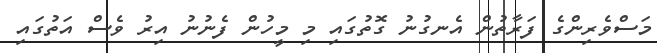
މަސްވެރިންގެ ފަރާތުން އެނގުނު ގޮތުގައި މި މީހުން ފެނުނު އިރު ވެސް އަތުގައި